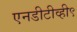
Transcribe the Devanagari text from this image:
एनडीटीव्ही९